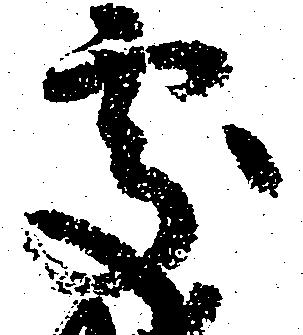
処